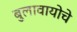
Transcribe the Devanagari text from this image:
बुलावायोचे